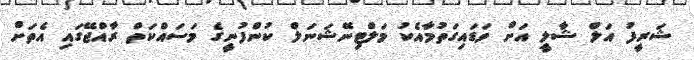
ޝަރީފު އަލް ޝާލީ އަށް ވަޑައިގަތުމާއެކު މަލްޓިނޭޝަނަލް ކުންފުނީގެ މަސައްކަތް ރާއްޖޭގައި އެތަށް